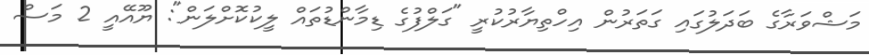
މަޝްވަރާގެ ބަދަލުގައި ގަތަރުން އިހްތިޔާރުކުރީ "ގަލްފުގެ ޑިމާންޑުތައް ލީކުކޮށްލަން": ޔޫއޭއީ 2 މަސް